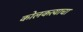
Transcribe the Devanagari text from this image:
कोलकत्याचा